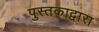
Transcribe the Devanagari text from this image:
पुस्तकाद्वारा